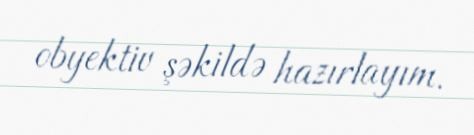
obyektiv şəkildə hazırlayım.